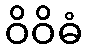
ဝိဝိဓံ